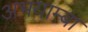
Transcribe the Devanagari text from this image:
अभयाम्बा